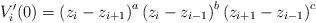
LaTeX: \begin{align*}V_{i}^{\prime }(0)=\left( z_{i}-z_{i+1}\right) ^{a}\left(z_{i}-z_{i-1}\right) ^{b}\left( z_{i+1}-z_{i-1}\right) ^{c} \end{align*}